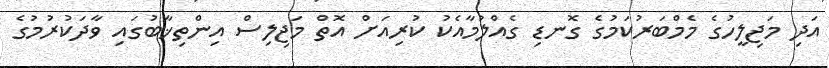
އަދި މަޖިލީހުގެ މެމްބަރުކަމުގެ ގޮނޑި ގެއްލުމާއެކު ކުރިއަށް އޮތް މަޖިލިސް އިންތިޚާބުގައި ވާދަކުރުމުގެ